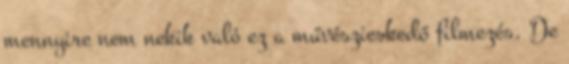
mennyire nem nekik való ez a művészieskedő filmezés. De